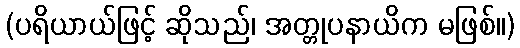
(ပရိယာယ်ဖြင့် ဆိုသည်၊ အတ္တုပနာယိက မဖြစ်။)